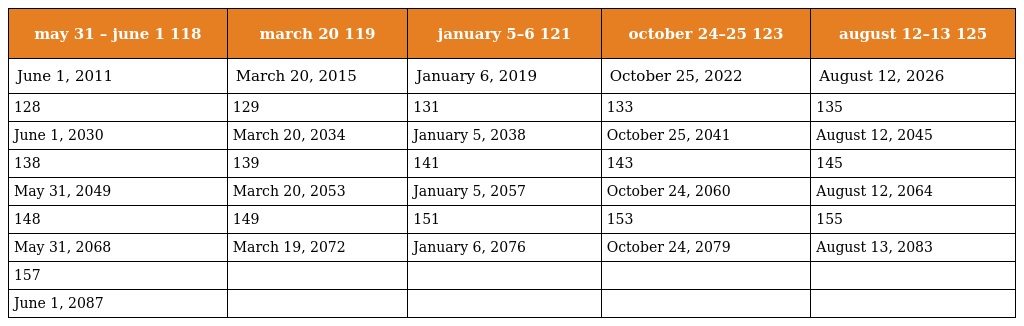
| may 31 – june 1 118 | march 20 119 | january 5–6 121 | october 24–25 123 | august 12–13 125 |
 | --- | --- | --- | --- | --- |
 | June 1, 2011 | March 20, 2015 | January 6, 2019 | October 25, 2022 | August 12, 2026 |
 | 128 | 129 | 131 | 133 | 135 |
 | June 1, 2030 | March 20, 2034 | January 5, 2038 | October 25, 2041 | August 12, 2045 |
 | 138 | 139 | 141 | 143 | 145 |
 | May 31, 2049 | March 20, 2053 | January 5, 2057 | October 24, 2060 | August 12, 2064 |
 | 148 | 149 | 151 | 153 | 155 |
 | May 31, 2068 | March 19, 2072 | January 6, 2076 | October 24, 2079 | August 13, 2083 |
 | 157 |  |  |  |  |
 | June 1, 2087 |  |  |  |  |